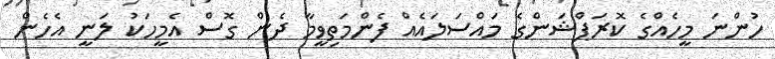
ހުންނަ މީހެއްގެ ކޮރަޕްޝަންގެ މައްސަލައެއް ފެންމަތިވީމާ ދެން ގޮސް އެމީހަކު ލަނީ އެހެން